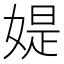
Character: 媞